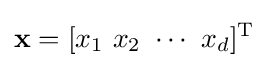
\mathbf {x} =[x_{1}\ x_{2}\ \cdots \ x_{d}]^{\textrm {T}}